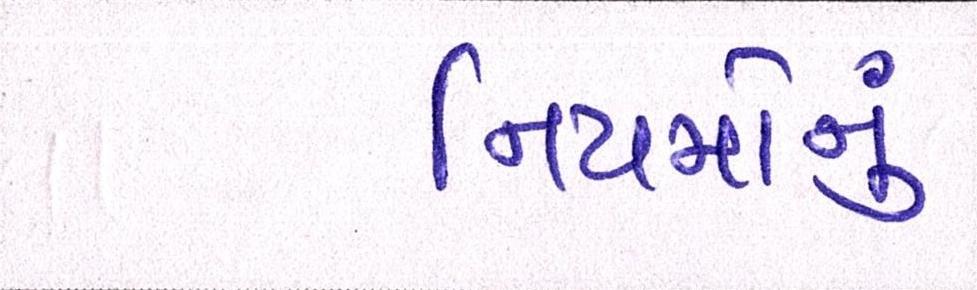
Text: નિયમોનું